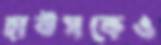
হাউসকেও